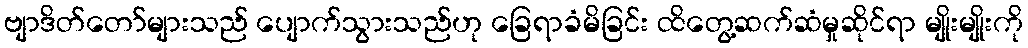
ဗျာဒိတ်တော်များသည် ပျောက်သွားသည်ဟု ခြေရာခံမိခြင်း ထိတွေ့ဆက်ဆံမှုဆိုင်ရာ မျိုးမျိုးကို